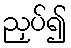
ညှပ်၍